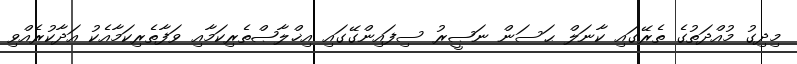
މިދިގު މުއްދަތުގެ ތެރޭގައި ކާނަލް ޙަސަން ނަޞީރު ސިފައިންގޭގައި އިޚްލާޞްތެރިކަމާއި ވަފާތެރިކަމާއެކު އަދާކުރެއްވި